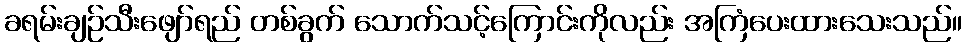
ခရမ်းချဉ်သီးဖျော်ရည် တစ်ခွက် သောက်သင့်ကြောင်းကိုလည်း အကြံပေးထားသေးသည်။